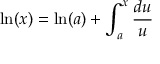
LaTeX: \ln ( x ) = \ln ( a ) + \int _ { a } ^ { x } { \frac { d u } { u } }